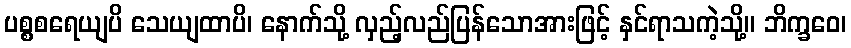
ပစ္စစရေယျပိ သေယျထာပိ၊ နောက်သို့ လှည့်လည်ပြန်သောအားဖြင့် နှင်ရာသကဲ့သို့။ ဘိက္ခဝေ၊